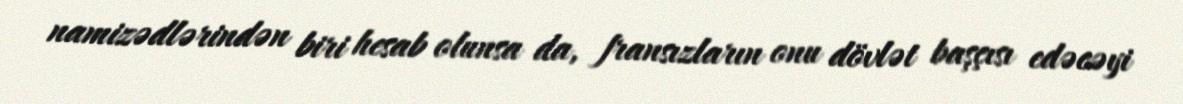
namizədlərindən biri hesab olunsa da, fransızların onu dövlət başçısı edəcəyi